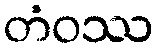
တံဝဿ